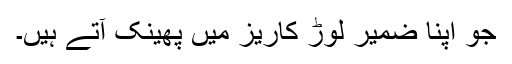
جو اپنا ضمیر لوڑ کاریز میں پھینک آتے ہیں۔